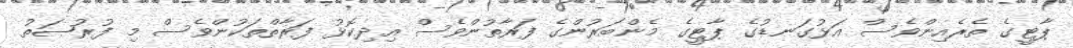
ޕާޓީގެ ތެރެއިންވެސް އަޅުގަނޑުގެ ޕާޓީގެ މެންބަރުންގެ ފަރާތުންވެސް އިދިކޮޅު ފަރާތްތަކުންވެސް މި ފުރުޞަތު